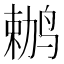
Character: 𫛶